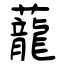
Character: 蘢